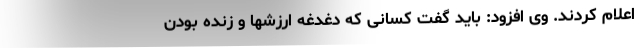
اعلام کردند. وی افزود: باید گفت کسانی که دغدغه ارزشها و زنده بودن